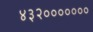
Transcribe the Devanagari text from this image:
४३२०००००००